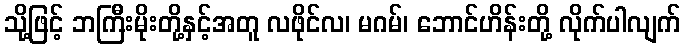
သို့ဖြင့် ဘကြီးမိုးတို့နှင့်အတူ လဖိုင်လ၊ မဂမ်၊ ဘောင်ဟိန်းတို့ လိုက်ပါလျက်